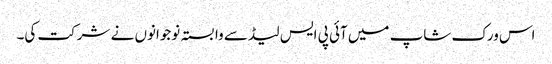
اس ورک شاپ میں آئی پی ایس لیڈ سے وابستہ نوجوانوں نے شرکت کی۔